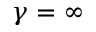
\gamma = \infty